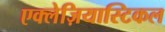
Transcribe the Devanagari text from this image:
एक्लेज़ियास्टिकल